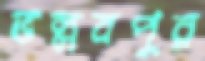
ভল্লবপুর